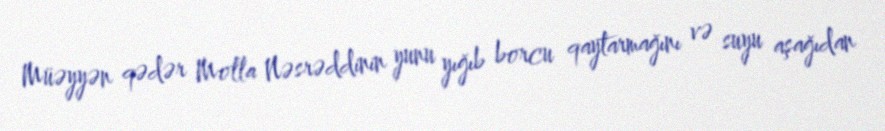
Müəyyən qədər Molla Nəsrəddinin yunu yığıb borcu qaytarmağını və suyu aşağıdan